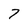
Character: 7